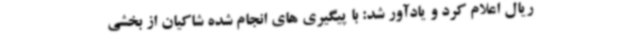
ریال اعلام کرد و یادآور شد: با پیگیری های انجام شده شاکیان از بخشی